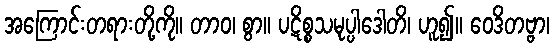
အကြောင်းတရားတို့ကို။ တာဝ၊ စွာ။ ပဋိစ္စသမုပ္ပါဒေါတိ၊ ဟူ၍။ ဝေဒိတဗ္ဗာ၊